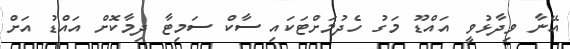
އޭނާ ވިދާޅުވީ އައްޑޫ މަގު ހެދުމަށްޓަކައި ސާކް ސަމިޓާ ދިމާކޮށް އައްޑު އަށް